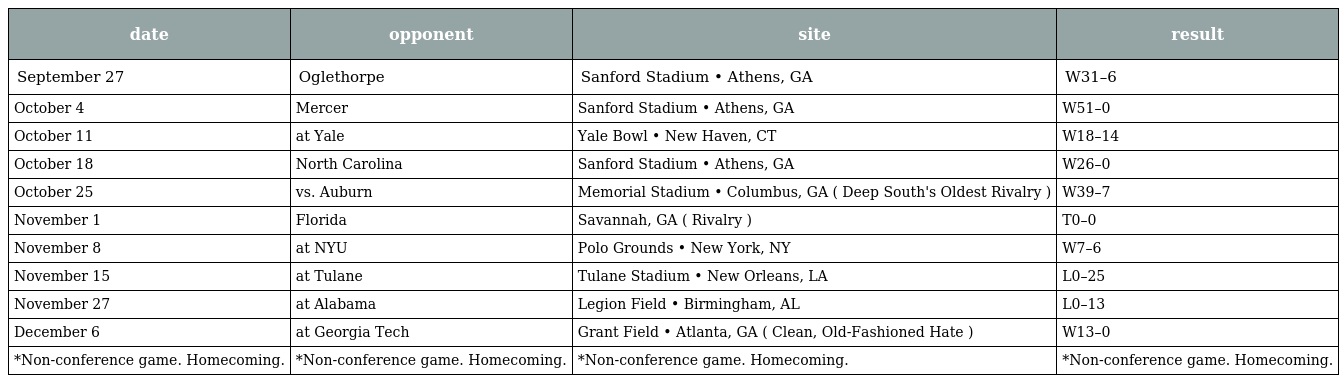
| date | opponent | site | result |
 | --- | --- | --- | --- |
 | September 27 | Oglethorpe | Sanford Stadium • Athens, GA | W31–6 |
 | October 4 | Mercer | Sanford Stadium • Athens, GA | W51–0 |
 | October 11 | at Yale | Yale Bowl • New Haven, CT | W18–14 |
 | October 18 | North Carolina | Sanford Stadium • Athens, GA | W26–0 |
 | October 25 | vs. Auburn | Memorial Stadium • Columbus, GA ( Deep South's Oldest Rivalry ) | W39–7 |
 | November 1 | Florida | Savannah, GA ( Rivalry ) | T0–0 |
 | November 8 | at NYU | Polo Grounds • New York, NY | W7–6 |
 | November 15 | at Tulane | Tulane Stadium • New Orleans, LA | L0–25 |
 | November 27 | at Alabama | Legion Field • Birmingham, AL | L0–13 |
 | December 6 | at Georgia Tech | Grant Field • Atlanta, GA ( Clean, Old-Fashioned Hate ) | W13–0 |
 | *Non-conference game. Homecoming. | *Non-conference game. Homecoming. | *Non-conference game. Homecoming. | *Non-conference game. Homecoming. |